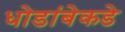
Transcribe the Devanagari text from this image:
धोडांबेकडे